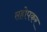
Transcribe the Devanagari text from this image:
सहोपकर